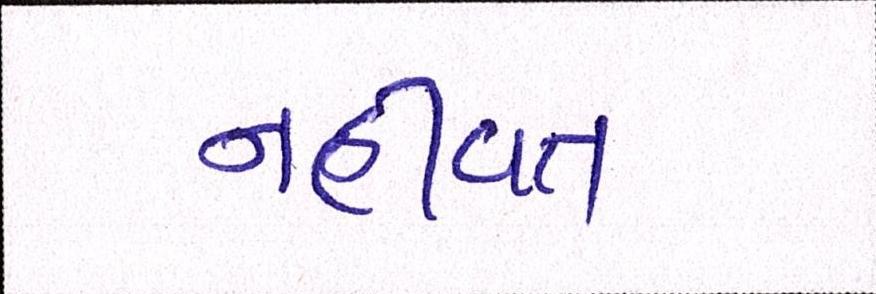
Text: નહીંવત